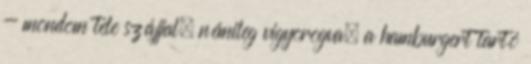
- mondom tele szájjal, némileg vigyorogva, a hamburgert tartó